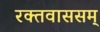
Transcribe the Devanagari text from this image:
रक्तवाससम्